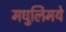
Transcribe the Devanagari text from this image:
मधुलिमये